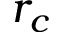
r _ { c }